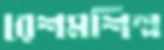
রেশমশিল্প